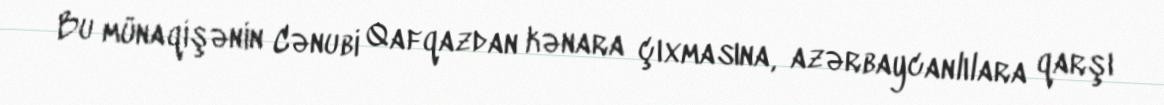
Bu münaqişənin Cənubi Qafqazdan kənara çıxmasına, azərbaycanlılara qarşı